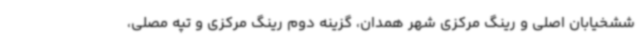
ششخیابان اصلی و رینگ مرکزی شهر همدان، گزینه دوم رینگ مرکزی و تپه مصلی،